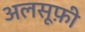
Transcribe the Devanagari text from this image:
अलसूफ़ी